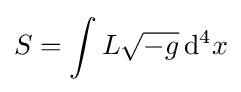
S=\int L{\sqrt {-g}}\,\mathrm {d} ^{4}x